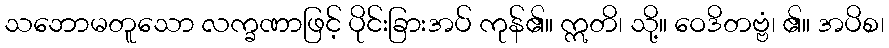
သဘောမတူသော လက္ခဏာဖြင့် ပိုင်းခြားအပ် ကုန်၏။ ဣတိ၊ သို့။ ဝေဒိတဗ္ဗံ၊ ၏။ အပိစ၊